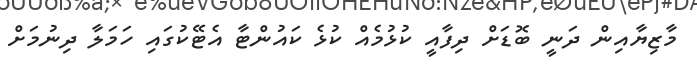
މާޒިޔާއިން ދަނީ ބޮޑަށް ދިފާއީ ކުޅުމެއް ކުޅެ ކައުންޓާ އެޓޭކުގައި ހަމަލާ ދިނުމަށް